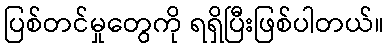
ပြစ်တင်မှုတွေကို ရရှိပြီးဖြစ်ပါတယ်။